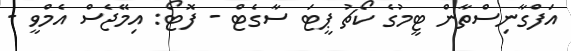
އަފްގާނިސްތާން ޓީމުގެ ކޯޗު ޕީޓަ ސާގެޓް - ފޮޓޯ: އިމޭޖެސް އެމްވީ -